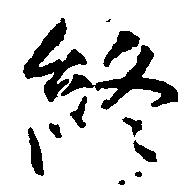
終